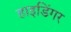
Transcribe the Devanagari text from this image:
हाइडिंगर